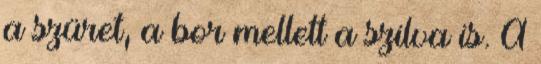
a szüret, a bor mellett a szilva is. A